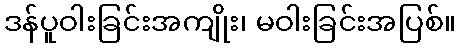
ဒန်ပူဝါးခြင်းအကျိုး၊ မဝါးခြင်းအပြစ်။